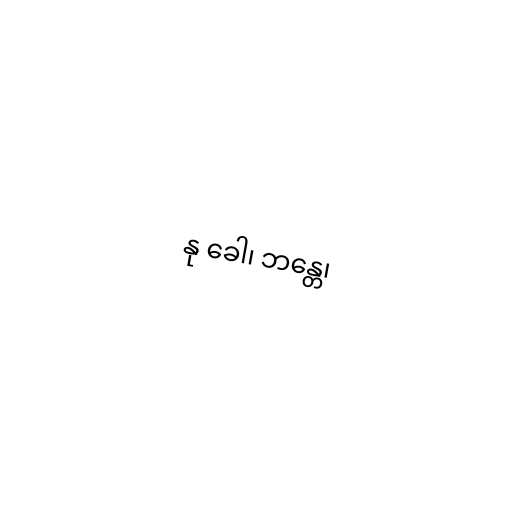
နု ခေါ၊ ဘန္တေ၊